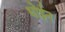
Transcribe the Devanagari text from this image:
धोईन